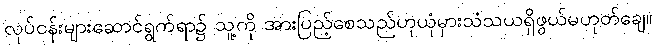
လုပ်ငန်းများဆောင်ရွက်ရာ၌ သူ့ကို အားပြည့်စေသည်ဟုယုံမှားသံသယရှိဖွယ်မဟုတ်ချေ။